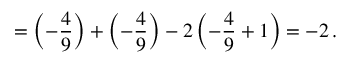
= \left( - \frac { 4 } { 9 } \right) + \left( - \frac { 4 } { 9 } \right) - 2 \left( - \frac { 4 } { 9 } + 1 \right) = - 2 \, .